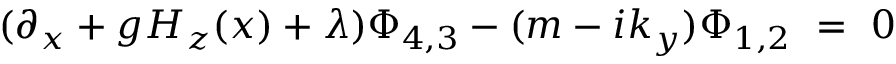
( \partial _ { x } + g H _ { z } ( x ) + \lambda ) \Phi _ { 4 , 3 } - ( m - i k _ { y } ) \Phi _ { 1 , 2 } ~ = ~ 0